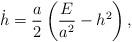
LaTeX: \begin{align*} \dot{h} = \frac{a}{2} \left( \frac{E}{a^2} - h^2 \right),\end{align*}